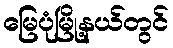
မြေပုံမြို့နယ်တွင်